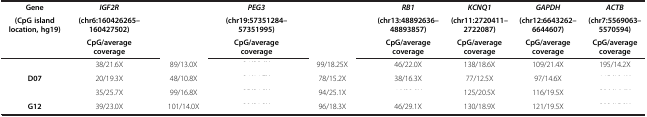
<table><thead><tr><td><b>Gene</b></td><td><b><i>IGF2R</i></b></td><td>[EMPTY_CELL]</td><td><b><i>PEG3</i></b></td><td>[EMPTY_CELL]</td><td><b><i>RB1</i></b></td><td><b><i>KCNQ1</i></b></td><td><b><i>GAPDH</i></b></td><td><b><i>ACTB</i></b></td></tr><tr><td><b>(CpG island location, hg19)</b></td><td><b>(chr6:160426265–160427502)</b></td><td>[EMPTY_CELL]</td><td><b>(chr19:57351284–57351995)</b></td><td>[EMPTY_CELL]</td><td><b>(chr13:48892636–48893857)</b></td><td><b>(chr11:2720411–2722087)</b></td><td><b>(chr12:6643262–6644607)</b></td><td><b>(chr7:5569063–5570594)</b></td></tr><tr><td>[EMPTY_CELL]</td><td><b>CpG/average coverage</b></td><td>[EMPTY_CELL]</td><td><b>CpG/average coverage</b></td><td>[EMPTY_CELL]</td><td><b>CpG/average coverage</b></td><td><b>CpG/average coverage</b></td><td><b>CpG/average coverage</b></td><td><b>CpG/average coverage</b></td></tr></thead><tbody><tr><td>[EMPTY_CELL]</td><td>38/21.6X</td><td>89/13.0X</td><td>[EMPTY_CELL]</td><td>99/18.25X</td><td>46/22.0X</td><td>138/18.6X</td><td>109/21.4X</td><td>195/14.2X</td></tr><tr><td><b>D07</b></td><td>20/19.3X</td><td>48/10.8X</td><td>[EMPTY_CELL]</td><td>78/15.2X</td><td>38/16.3X</td><td>77/12.5X</td><td>97/14.6X</td><td>[EMPTY_CELL]</td></tr><tr><td>[EMPTY_CELL]</td><td>35/25.7X</td><td>99/16.8X</td><td>[EMPTY_CELL]</td><td>94/25.1X</td><td>[EMPTY_CELL]</td><td>125/20.5X</td><td>116/19.5X</td><td>[EMPTY_CELL]</td></tr><tr><td><b>G12</b></td><td>39/23.0X</td><td>101/14.0X</td><td>[EMPTY_CELL]</td><td>96/18.3X</td><td>46/29.1X</td><td>130/18.9X</td><td>121/19.5X</td><td>[EMPTY_CELL]</td></tr></tbody></table>